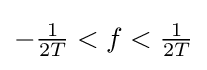
-{\tfrac {1}{2T}}<f<{\tfrac {1}{2T}}